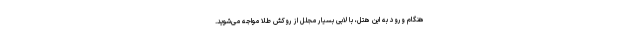
هنگام ورود به این هتل، با لابی بسیار مجلل از روکش طلا مواجه می‌شوید.